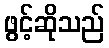
ဖွင့်ဆိုသည်